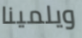
ويلمينا